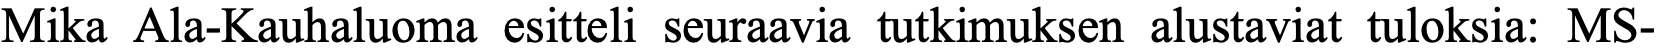
Mika Ala-Kauhaluoma esitteli seuraavia tutkimuksen alustaviat tuloksia: MS-